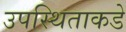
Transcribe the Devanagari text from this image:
उपस्थिताकडे